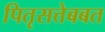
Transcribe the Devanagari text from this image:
पितृसत्तेबबत